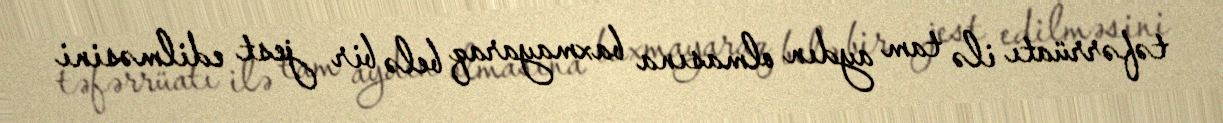
təfərrüatı ilə tam aydın olmasına baxmayaraq belə bir jest edilməsini